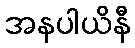
အနပါယိနီ